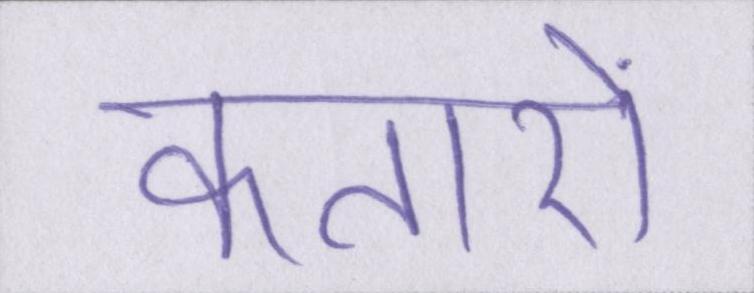
कतारों